Sanitation, dispensaries and jails vaccination Rajputana 1922-1927 - 1922-1927
Year: 1922
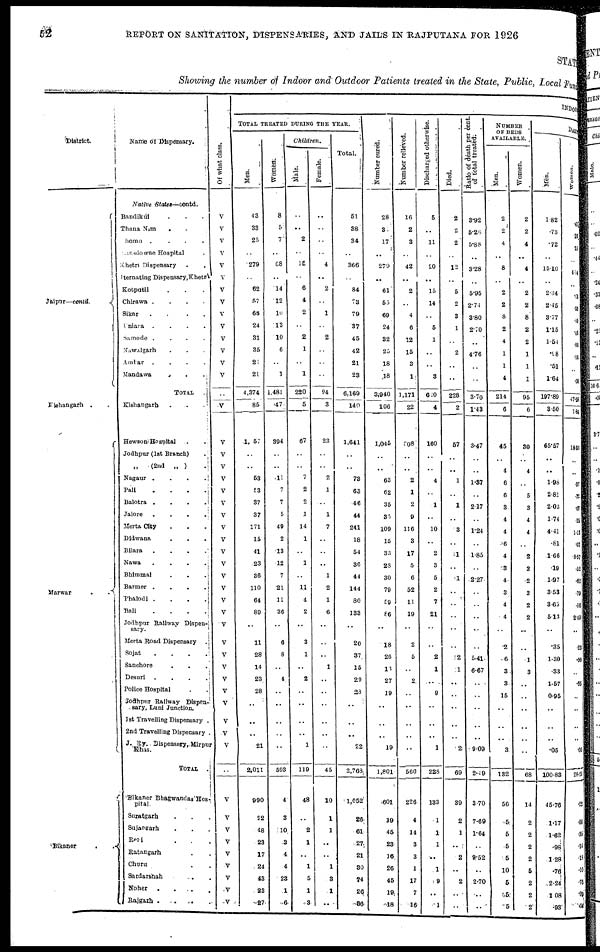
52
REPORT ON SANITATION, DISPENSARIES, AND JAILS IN RAJPUTANA FOR 1926
STATE
Showing the number of Indoor and Outdoor Patients treated in the State, Public, Local Fund
District.
Jaipur—contd.
Kishangarh. .
Marwar
.
Bikaner
.
.
Name of Dispensary.
Native
States—contd.
Bandikui . . .
Thana Nim
. . .
Chomu .
.
.
.
Lansdowne Hospital .
Khetri Dispensary . .
Iternating Dispensary, Khetri
Kotputli . . .
Chirawa .
.
.
.
Sikar
.
.
.
.
Uniara .
.
.
.
Samode.
.
.
.
Nawalgarh . . . .
Ambar
.
.
.
.
Mandawa
.
.
.
TOTAL .
Kishangarh . . .
Hewson Hospital . .
Jodhpur (1st Branch) .
„
(2nd „ )
.
Nagaur .
.
.
.
Pali . . . .
Balotra .
.
.
.
Jalore
.
.
.
.
Merta City . . . .
Didwana . . . .
Bilara
.
.
.
.
Nawa
.
.
.
.
Bhimmal
.
. .
Barmer .
.
.
.
Phalodi .
.
.
.
Bali
.
.
.
.
Jodhpur Railway Dispen-
sary.
Merta Road Dispensary .
Sojat
.
.
.
.
Sanchore . . . .
Desuri
.
.
.
.
Police Hospital . . . .
Jodhpur Railway Dispen¬
sary, Luni Junction.
1st Travelling Dispensary .
2nd Travelling Dispensary .
J. Ry. Dispensary, Mirpur
Khas.
TOTAL
.
Bikaner Bhagwandas Hos-
pital.
Suratgarh . . . .
Sujangarh . .
Reni . . .
Ratangarh . .
Churu . .
Sardarshah . .
Noher
.
Rajgarh . . . .
Of what class.
V
V
V
V
V
V
V
V
V
V
V
V
V
V
..
V
V
V
V
V
V
V
V
V
V
V
V
V
V
V
V
V
V
V
V
V
V
V
V
V
V
..
V
V
V
V
V
V
V
V
V
INDOOR
TOTAL TREATED DURING THE YEAR.
Men.
43
33
25
..
279
..
62
57
68
24
31
35
21
21
4,374
85
1, 57
..
..
53
53
37
37
171
15
41
23
36
110
64
89
..
11
28
14
23
28
..
..
..
21
2,011
990
22
48
23
17
24
43
23
27
Women
8
5
7
..
68
..
14
12
10
13
10
6
..
1
1,481
47
394
..
..
11
7
7
5
49
2
13
12
7
21
11
36
..
6
8
..
4
..
..
..
..
..
593
4
3
10
3
4
4
23
1
6
Children.
Male.
..
..
2
..
15
..
6
4
2
..
2
1
..
1
220
5
67
..
..
7
2
2
1
14
1
..
1
..
11
4
2
..
3
1
..
2
..
..
..
..
1
119
48
..
2
1
..
1
5
1
3
Female.
..
..
..
..
4
..
2
..
1
..
2
..
..
94
3
23
..
..
2
1
..
1
7
..
..
..
1
2
1
6
..
..
..
1
..
..
..
..
..
..
45
10
1
1
..
..
1
3
1
..
Total.
51
38
34
..
366
..
84
73
79
37
45
42
21
23
6,169
140
1,641
..
..
73
63
46
44
241
18
54
36
44
144
80
133
..
20
37
15
29
23
..
..
..
22
2,768
1,052
26
61
27
21
30
74
26
36
Number cured.
28
3
17
..
279
..
61
55
69
24
32
25
18
18
3,940
106
1,045
..
..
63
62
35
35
109
15
33
28
30
79
59
86
..
18
26
13
27
19
..
..
..
19
1,801
601
19
45
23
16
26
45
19
18
Number relieved.
16
2
3
..
42
..
2
..
4
6
12
15
3
1
1,171
22
308
..
..
2
1
2
9
116
3
17
5
6
52
11
19
..
2
5
..
2
..
..
..
..
..
560
226
4
14
3
3
1
17
7
16
Discharged otherwise.
5
11
..
20
..
15
14
..
5
1
..
..
3
620
4
160
..
..
4
..
1
..
10
..
2
3
5
2
7
21
..
..
2
1
..
9
..
..
..
1
228
133
1
1
1
..
1
9
..
1
Died.
2
2
2
..
12
..
5
2
3
1
..
2
..
..
228
2
57
..
..
1
..
1
..
3
..
l
..
1
..
..
..
..
..
2
1
..
..
..
..
..
2
69
39
2
1
..
2
..
2
..
..
Ratio of death per cent,
of total treated.
3.92
5.26
5.88
..
3.28
..
5.95
2.74
3.80
2.70
..
4.76
..
..
3.70
1.43
3.47
..
..
1.37
..
2.17
..
1.24
..
1.85
..
2.27
..
..
..
..
..
5.41
6.67
..
..
..
..
..
9.09
2.4 9
3.70
7.69
1.64
..
9.52
..
2.70
..
..
NUMBER
OF BEDS
AVAILABLE.
Men.
2
2
4
..
8
..
2
2
8
2
4
1
1
4
214
6
45
..
4
6
6
3
4
4
6
4
3
4
3
4
4
..
2
6
3
3
15
..
..
..
3
132
56
5
5
5
5
10
5
51
5
Women.
2
2
4
..
4
..
2
2
8
2
2
1
1
1
95
6
30
..
4
..
5
3
4
4
..
2
3
2
3
2
2
..
..
1
3
..
..
..
..
..
..
68
14
2
2
2
2
6
2
2
2
DAILY
Men.
1.82
.73
.72
..
15.10
..
2.34
2.45
3.77
1.15
1.54
.98
.51
1.64
197.89
3.50
65.57
..
..
l.98
2.81
2.03
1.74
4.41
.81
1.66
19
1.97
3.53
3.65
5.13
..
.35
1.30
.33
1.57
0.95
..
..
..
.05
100.83
45.76
1.17
1.62
.98
1.28
.76
2.24
1.08
.93
Women.
.
.41
.16
.15
..
4.14
..
.68
.38
.40
.48
.08
. 16
..
.08
47.23
1.84
18.96
..
..
. 37
.72
. 07
.25
1.13
. 07
0.57
. 52
.62
.79
.56
2.19
..
. 23
.50
..
.95
..
..
..
..
. 05
28.25
. 22
.08
.35
.14
.18
.10
.76
.09
.14